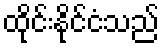
ထိုင်းနိုင်ငံသည်